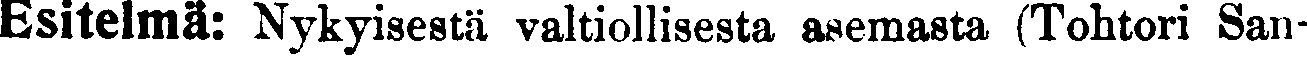
Esitelmä: Nykyisestä valtiollisesta asemasta (Tohtori San-